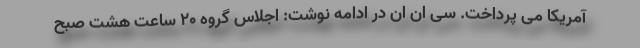
آمریکا می پرداخت. سی ان ان در ادامه نوشت: اجلاس گروه ۲۰ ساعت هشت صبح